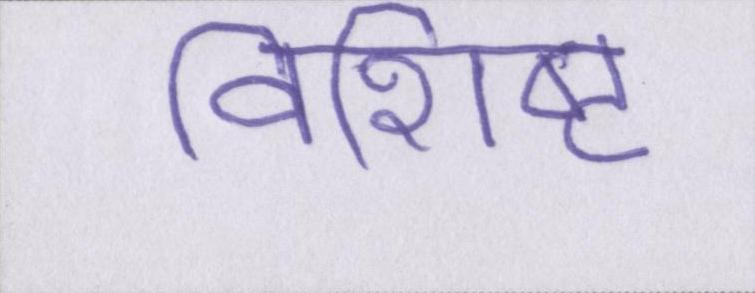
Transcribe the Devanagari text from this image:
विशिष्ट